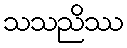
သသညိဿ